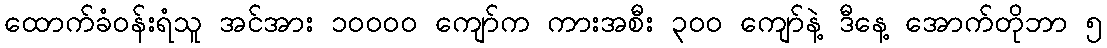
ထောက်ခံဝန်းရံသူ အင်အား ၁၀၀၀၀ ကျော်က ကားအစီး ၃၀၀ ကျော်နဲ့ ဒီနေ့ အောက်တိုဘာ ၅